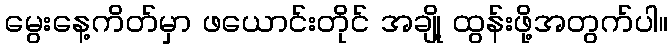
မွေးနေ့ကိတ်မှာ ဖယောင်းတိုင် အချို့ ထွန်းဖို့အတွက်ပါ။